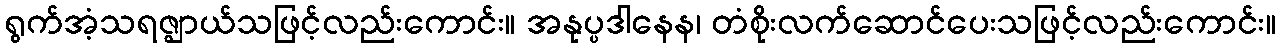
ရွက်အံ့သရဇ္ဈာယ်သဖြင့်လည်းကောင်း။ အနုပ္ပဒါနေန၊ တံစိုးလက်ဆောင်ပေးသဖြင့်လည်းကောင်း။